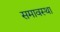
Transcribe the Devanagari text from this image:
समावस्था